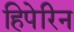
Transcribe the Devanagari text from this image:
हिपेरिन